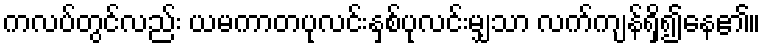
ကလပ်တွင်လည်း ယမကာတပုလင်းနှစ်ပုလင်းမျှသာ လက်ကျန်ရှိ၍နေ၏။